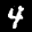
Label: 4